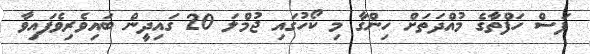
ފަސް ހަފްތާގެ މުއްދަތަށް ހިންގާ މި ކޯހުގައި ޖުމްލަ 20 ގައިދީން ބައިވެރިވެފައިވާ